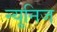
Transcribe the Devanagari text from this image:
न्यूनिज